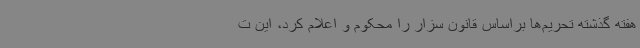
هفته گذشته تحریم‌ها براساس قانون سزار را محکوم و اعلام کرد، این ت